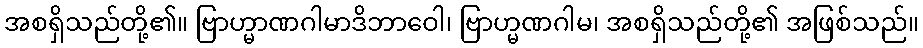
အစရှိသည်တို့၏။ ဗြာဟ္မာဏဂါမာဒိဘာဝေါ၊ ဗြာဟ္မဏဂါမ၊ အစရှိသည်တို့၏ အဖြစ်သည်။